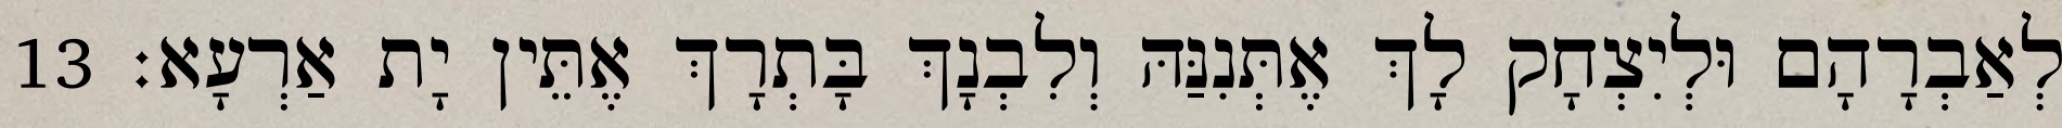
לְאַבְרָהָם וּלְיִצְחָק לָךְ אֶתְּנִנַּהּ וְלִבְנָךְ בָּתְרָךְ אֶתֵּין יָת אַרְעָא׃ 13